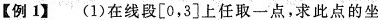
【例1】(1)在线段[0，3]上任取一点，求此点的坐